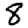
Digit: 8